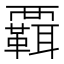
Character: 𧠄